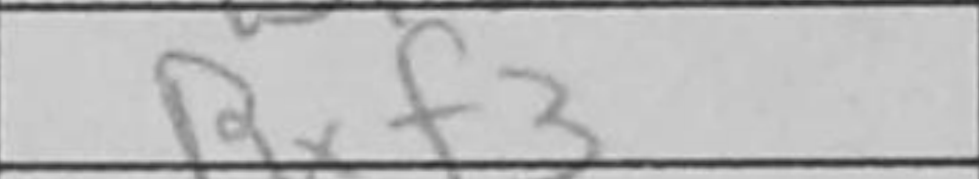
Transcription: Rxf3